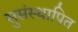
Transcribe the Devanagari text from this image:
सुसंस्थापित